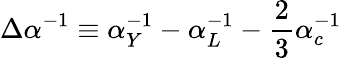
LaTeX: \Delta\alpha^{-1}\equiv\alpha_{Y}^{-1}-\alpha_{L}^{-1}-\frac{2}{3}\alpha_{c}^{-1}